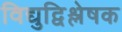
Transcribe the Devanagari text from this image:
विद्युद्विश्लेषक